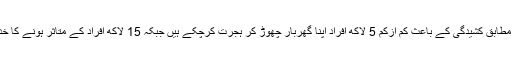
اقوام متحدہ کے ادارے برائے مہاجرین کے اعداد وشمار کے مطابق کشیدگی کے باعث کم ازکم 5 لاکھ افراد اپنا گھربار چھوڑ کر ہجرت کرچکے ہیں جبکہ 15 لاکھ افراد کے متاثر ہونے کا خدشہ ظاہر کرتے ہوئے انسانی بحران سے بھی خبردار کیا تھا۔